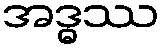
အဒ္ဓဿ